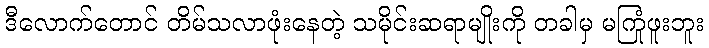
ဒီလောက်တောင် တိမ်သလာဖုံးနေတဲ့ သမိုင်းဆရာမျိုးကို တခါမှ မကြုံဖူးဘူး